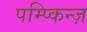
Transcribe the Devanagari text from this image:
पम्प्किन्ज़